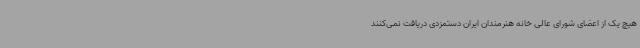
هیچ یک از اعضای شورای عالی خانه هنرمندان ایران دستمزدی دریافت نمی‌کنند